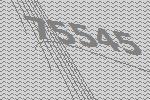
75545